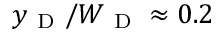
y _ { \mathrm { ~ D ~ } } / W _ { \mathrm { ~ D ~ } } \approx 0 . 2